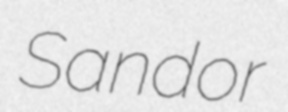
Sandor